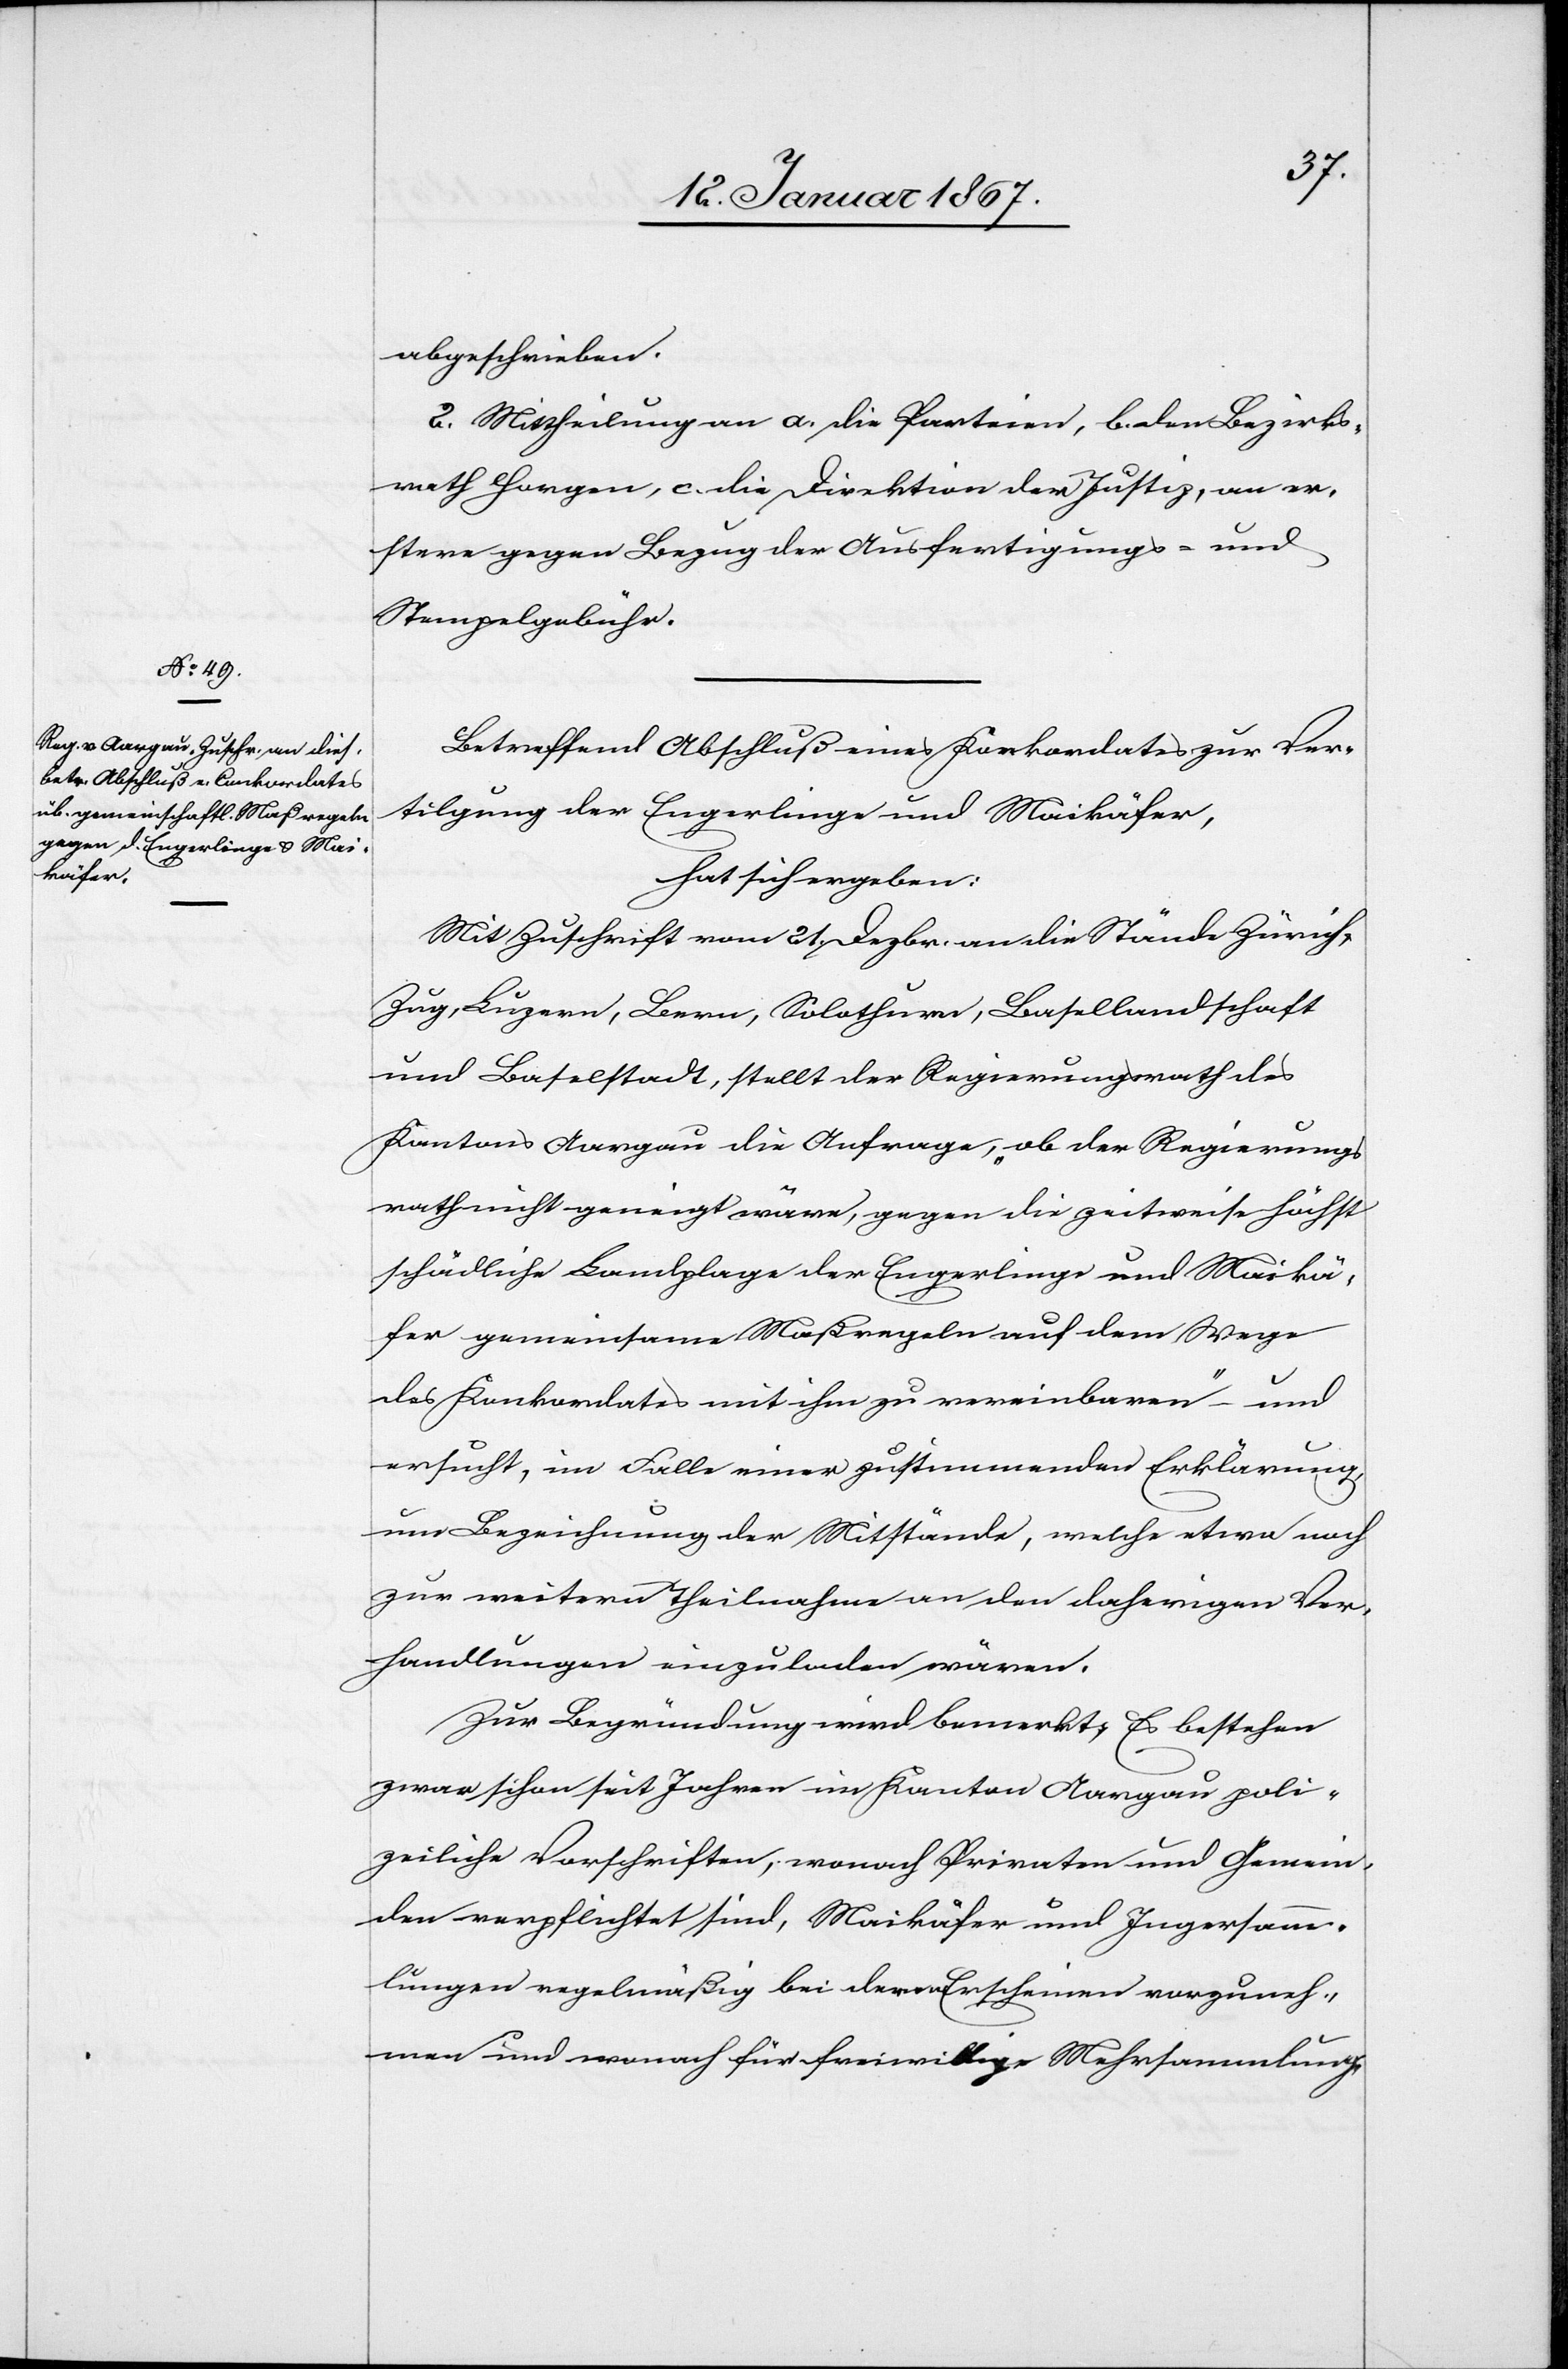
abgeschrieben.
2. Mittheilung an a. die Parteien, b. den Bezirks¬
rath Horgen, c. die Direktion der Justiz, an er¬
stere gegen Bezug der Ausfertigungs- und
Stempelgebühr.
Betreffend Abschluß eines Konkordates zur Ver¬
tilgung der Engerlinge und Maikäfer,
hat sich ergeben:
Mit Zuschrift vom 21. Dezbr. an die Stände Zürich,
Zug, Luzern, Bern, Solothurn, Basellandschaft
und Baselstadt, stellt der Regierungsrath des
Kantons Aargau die Anfrage, „ob der Regierungs¬
rath nicht geneigt wäre, gegen die zeitweise höchst
schädliche Landplage der Engerlinge und Maikä¬
fer gemeinsame Maßregeln auf dem Wege
des Konkordates mit ihm zu vereinbaren“ – und
ersucht, im Falle einer zustimmenden Erklärung,
um Bezeichnung der Mitstände, welche etwa noch
zur weitern Theilnahme an den daherigen Ver¬
handlungen einzuladen wären.
Zur Begründung wird bemerkt; Es bestehen
zwar schon seit Jahren im Kanton Aargau poli¬
zeiliche Vorschriften, wonach Privaten und Gemein¬
den verpflichtet sind, Maikäfer und Ingersamm¬
lungen regelmäßig bei deren Erscheinen vorzuneh¬
men und wonach für freiwillige Mehrsammlung-